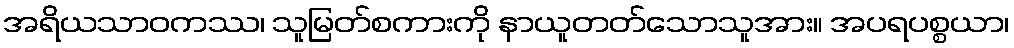
အရိယသာဝကဿ၊ သူမြတ်စကားကို နာယူတတ်သောသူအား။ အပရပစ္စယာ၊